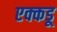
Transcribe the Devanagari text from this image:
एक्कडू